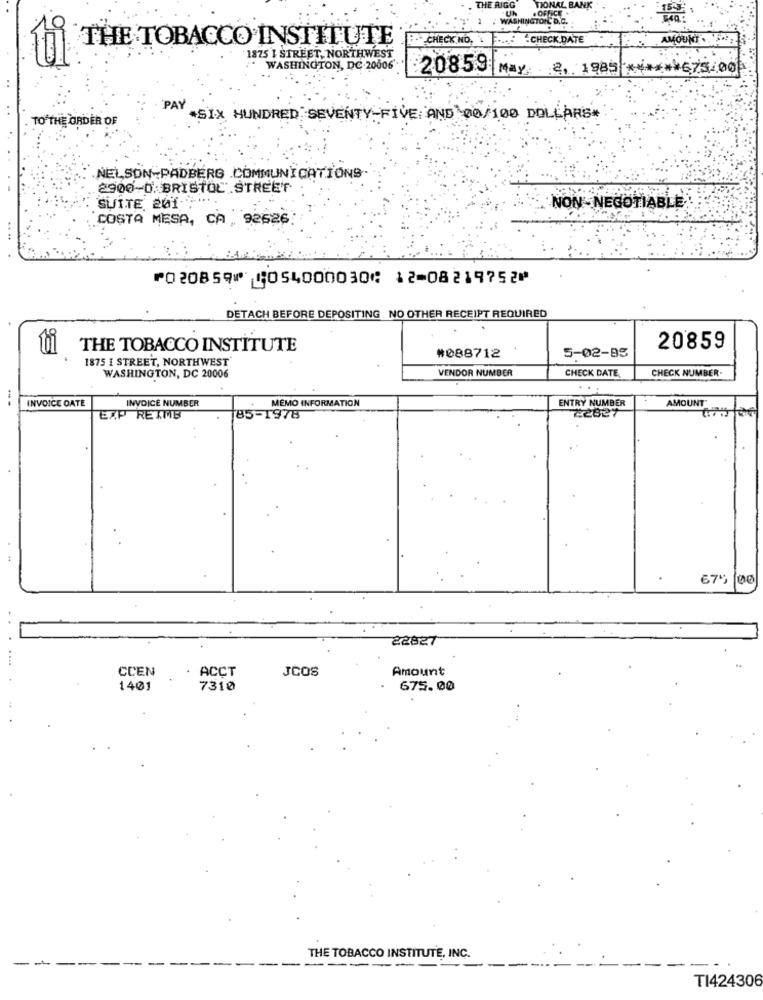
THE TOBACCO INSTITUTE
.CHECK NO,
CHECK DATE
AMOUNT .....
1875 I STREET, NORTHWEST
WASHINGTON, DC-20606
20859
May: . 2, 1985 ****** 675/00
PAY
TO THE ORDER OF
SIX HUNDRED SEVENTY-FIVE AND 00/100 DOLLARS
NELSON-PADBERG COMMUNICATIONS.
2900-0.BRISTOL STREET
SUITE 201-
NON- NEGOTIABLE
COSTA MESA, CA . 92626
⑈020859⑈ ⑆054000030⑆ 12⑉08219752⑈
DETACH BEFORE DEPOSITING NO OTHER RECEIPT REQUIRED
THE TOBACCO INSTITUTE
20859
#088712
5-02-85
1875 I STREET, NORTHWEST
VENDOR NUMBER
WASHINGTON, DC 20006
CHECK DATE,
CHECK NUMBER-
...
INVOICE DATE
MEMO INFORMATION
ENTRY NUMBER
INVOICE NUMBER
22827
AMOUNT
EXP REMB
85-1978
67"
00
22827
CCEN
ACCT
JCOS
Amount
1401
7310
675.00
THE TOBACCO INSTITUTE, INC.
TI424306